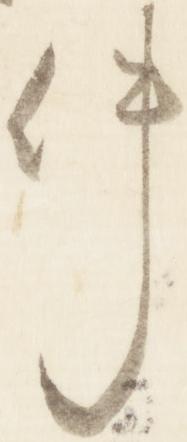
件